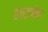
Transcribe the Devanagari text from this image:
हार्डबेक